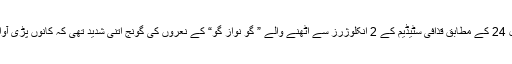
نجی ٹی وی چینل 24 کے مطابق قذافی سٹیڈیم کے 2 انکلوژرز سے اٹھنے والے ” گو نواز گو“ کے نعروں کی گونج اتنی شدید تھی کہ کانوں پڑی آواز سنائی نہ دی ۔